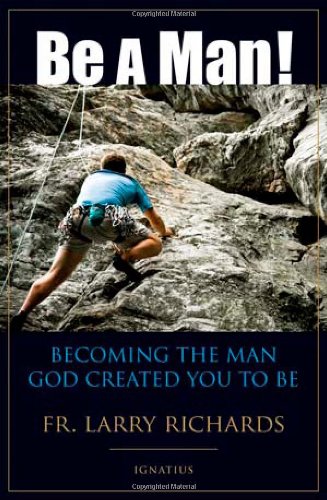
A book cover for Be A Man!: Becoming the Man God Created You to Be; Fr. Larry Richards; Christian Books & Bibles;